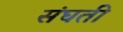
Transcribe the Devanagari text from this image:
संघती